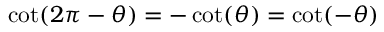
\cot ( 2 \pi - \theta ) = - \cot ( \theta ) = \cot ( - \theta )